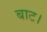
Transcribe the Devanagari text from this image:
बाट।